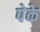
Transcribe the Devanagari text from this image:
पेके